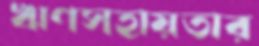
ঋণসহায়তার